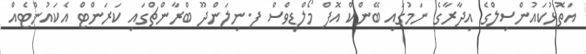
އަތޮޅުކައުންސިލްގެ އިދާރާގެ ނަމުގައި ބޭންކް އޮފް މޯލްޑިވްސް ފ.ނިލަންދޫ ބްރާންޗްގައި ކަރަންޓް އެކައުންޓެއް